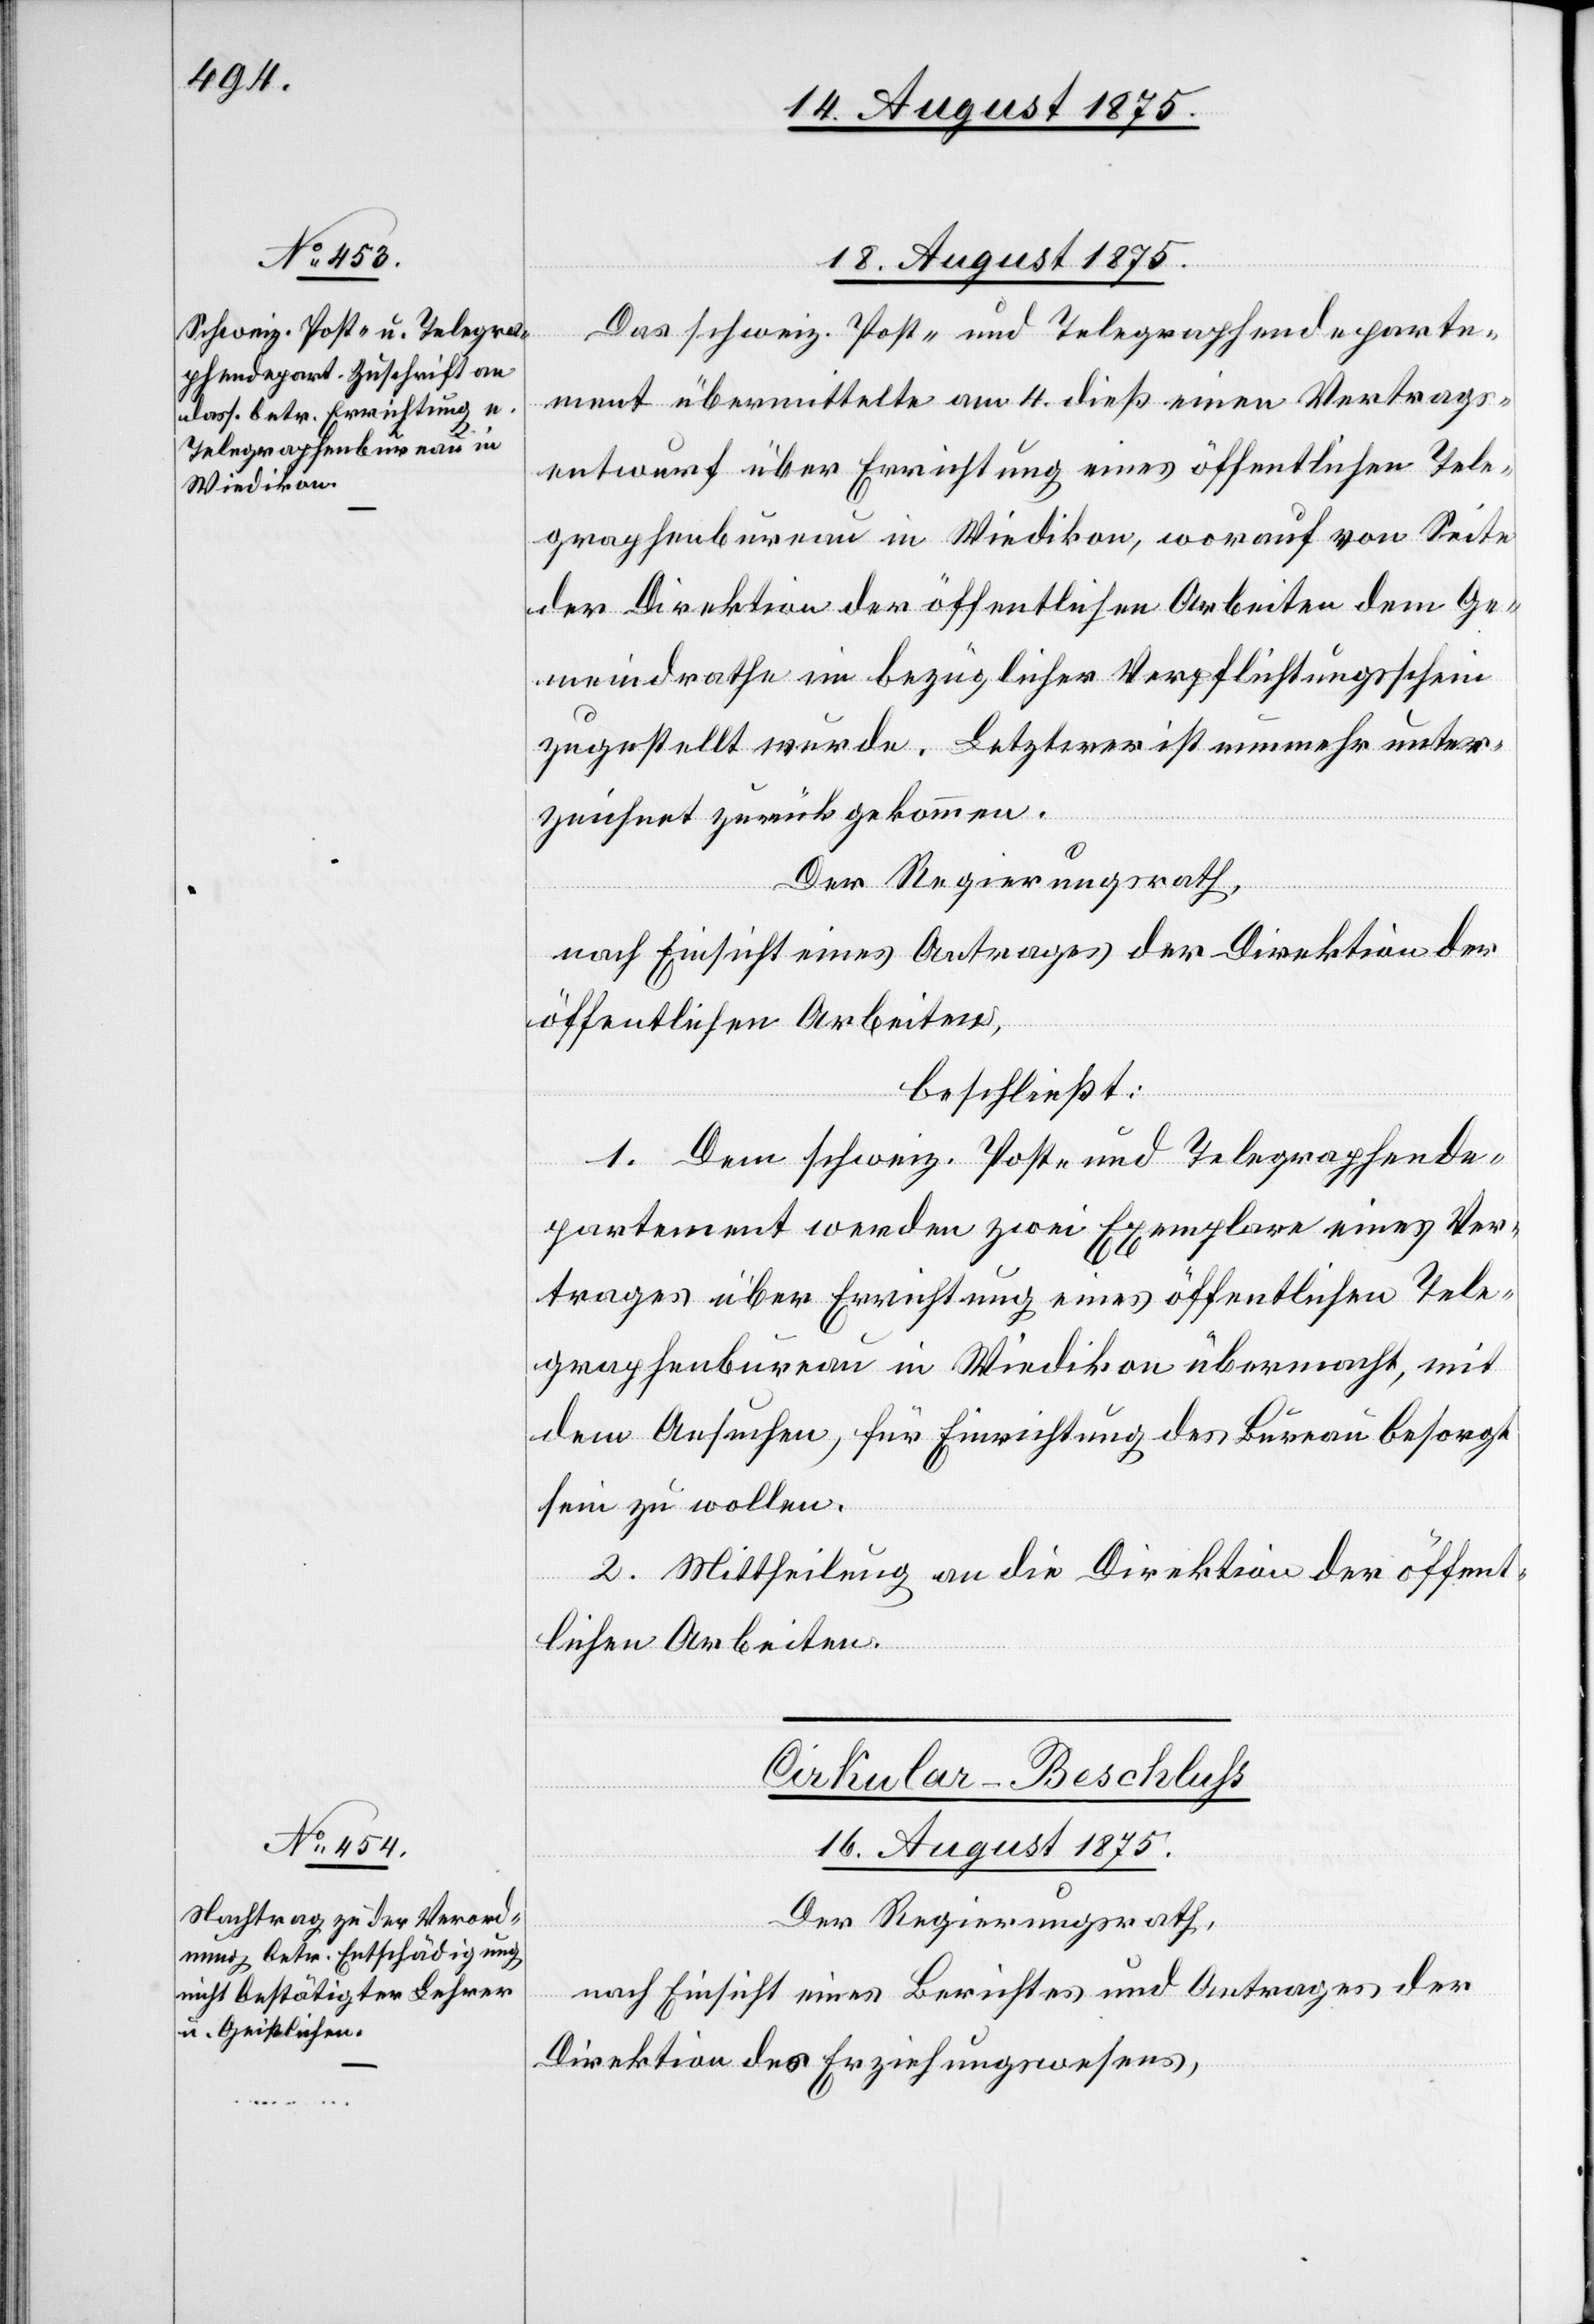
18. August 1875.
Das schweiz. Post- und Telegraphendeparte¬
ment übermittelte am 4. dieß. einen Vertrags¬
entwurf über Errichtung eines öffentlichen Tele¬
graphenbureau in Wiedikon, worauf von Seite
der Direktion der öffentlichen Arbeiten dem Ge¬
meindrathe ein bezüglicher Verpflichtungsschein
zugestellt wurde. Letzterer ist nunmehr unter¬
zeichnet zurückgekommen.
Der Regierungsrath,
nach Einsicht eines Antrages der Direktion der
öffentlichen Arbeiten,
beschließt:
1. Dem schweiz. Post- und Telegraphende¬
partement werden zwei Exemplare eines Ver¬
trages über Errichtung eines öffentlichen Tele¬
graphenbureau in Wiedikon übermacht, mit
dem Ansuchen, für Einrichtung des Bureau besorgt
sein zu wollen.
2. Mittheilung an die Direktion der öffent¬
lichen Arbeiten.
Cirkular-Beschluss.
16. August 1875.
Der Regierungsrath,
nach Einsicht eines Berichtes und Antrages der
Direktion des Erziehungswesens,